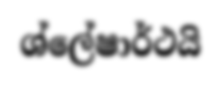
ශ්ලේෂාර්ථයි